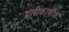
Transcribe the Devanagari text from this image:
द्वारीकाधीश